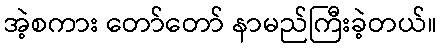
အဲ့စကား တော်တော် နာမည်ကြီးခဲ့တယ်။